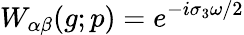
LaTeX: W_{\alpha\beta}(g;p)=e^{-i\sigma_{3}\omega/2}